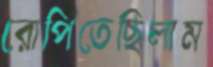
রোপিতেছিলাম